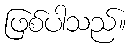
ဖြစ်ပါသည်။